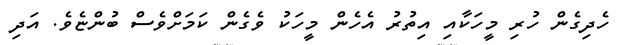
ހެދިގެން ހުރި މީހަކާއި އިތުރު އެހެން މީހަކު ވެގެން ކަމަށްވެސް ބުންޏެވެ. އަދި